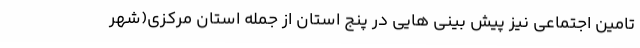
تامین اجتماعی نیز پیش بینی هایی در پنج استان از جمله استان مرکزی(شهر